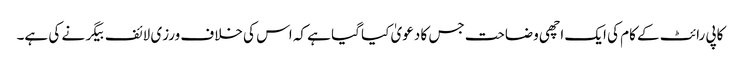
کاپی رائٹ کے کام کی ایک اچھی وضاحت جس کا دعویٰ کیا گیا ہے کہ اس کی خلاف ورزی لائف بیگر نے کی ہے۔